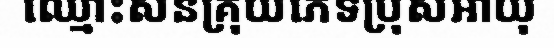
ឈ្មោះសនគ្រុយភេទប្រុសអាយុ